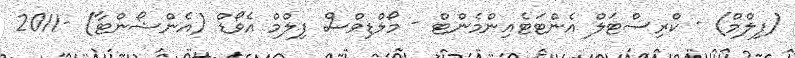
(ފިލްމް) - ކްރިސްޓަލް އެންޓަޓެއިންމެންޓް - މޯލްޑިވްސް ފިލްމް އެވޯޑް (އެންޝޯންޓާ) -2011